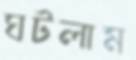
ঘটলাম